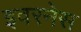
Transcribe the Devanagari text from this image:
इवरनेस